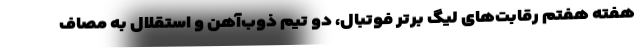
هفته هفتم رقابت‌های لیگ برتر فوتبال، دو تیم ذوب‌آهن و استقلال به مصاف